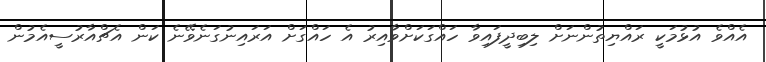
އެއްވެ އުޅުމަކީ ރައްޔިތުންނަށް ލިބިދީފައިވާ ހައްގަކަށްވާއިރު އެ ހައްގަށް އަރައިނުގަނެވޭނެ ކަން އެޗްއާރުސީއެމުން